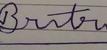
Signature authenticity: forged